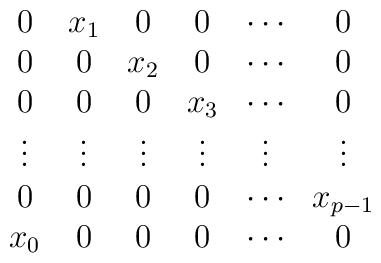
\begin{array}{cccccc}0&x_1&0&0&\cdots &0\\0&0&x_2&0&\cdots &0\\0&0&0&x_3&\cdots &0\\\vdots&\vdots&\vdots&\vdots&\vdots&\vdots\\0&0&0&0&\cdots &x_{p-1}\\x_0&0&0&0&\cdots &0\end{array}